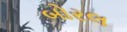
બોરલ